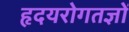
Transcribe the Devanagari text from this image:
हृदयरोगतज्ञों